Indian journal of veterinary science and animal husbandry - Volumes 15-17, 1948-1951
Year: 1948
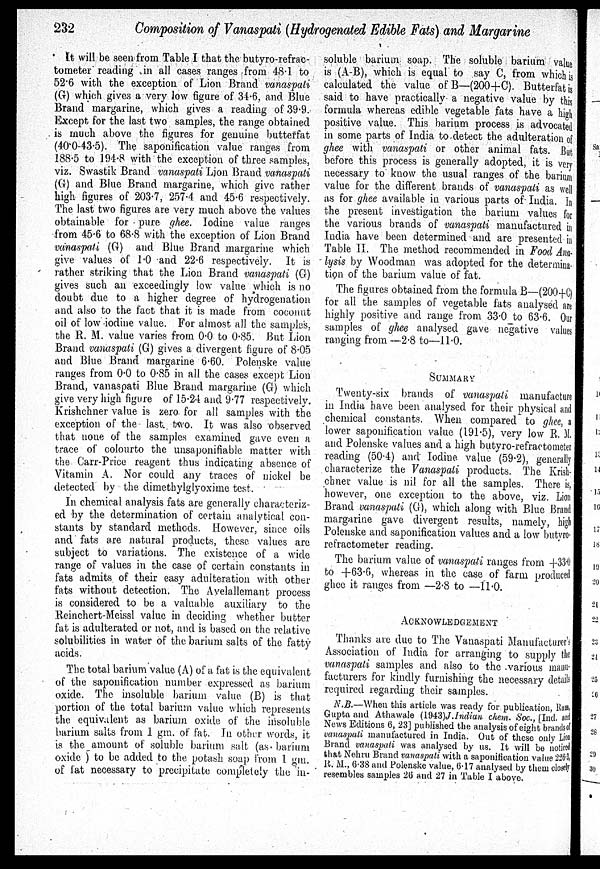
232
Composition of Vanaspati (Hydrogenated Edible Fats) and Margarine
It will be seen from Table I that the butyro-refrac-
tometer reading in all cases ranges from 48.1 to
52.6 with the exception of Lion Brand vanaspati
(G) which gives a very low figure of 34.6, and Blue
Brand margarine, which gives a reading of 39.9.
Except for the last two samples, the range obtained
is much above the figures for genuine butterfat
(40.0-43.5). The saponification value ranges from
188.5 to 194.8 with the exception of three samples,
viz. Swastik Brand vanaspati Lion Brand vanaspati
(G) and Blue Brand margarine, which give rather
high figures of 203.7, 257.4 and 45.6 respectively.
The last two figures are very much above the values
obtainable for pure ghee. Iodine value ranges
from 45.6 to 68.8 with the exception of Lion Brand
vanaspati (G) and Blue Brand margarine which
give values of 1.0 and 22.6 respectively. It is
rather striking that the Lion Brand vanaspati (G)
gives such an exceedingly low value which is no
doubt due to a higher degree of hydrogenation
and also to the fact that it is made from coconut
oil of low iodine value. For almost all the samples,
the R. M. value varies from 0.0 to 0.85. But Lion
Brand vanaspati (G) gives a divergent figure of 8.05
and Blue Brand margarine 6.60. Polenske value
ranges from 0.0 to 0.85 in all the cases except Lion
Brand, vanaspati Blue Brand margarine (G) which
give very high figure of 15.24 and 9.77 respectively.
Krishchner value is zero for all samples with the
exception of the last. two. It was also observed
that none of the samples examined gave even a
trace of colourto the unsaponifiable matter with
the Carr-Price reagent thus indicating absence of
Vitamin A. Nor could any traces of nickel be
detected by the dimethylglyoxime test.
In chemical analysis fats are generally characteriz-
ed by the determination of certain analytical con-
stants by standard methods. However, since oils
and fats are natural products, these values are
subject to variations. The existence of a wide
range of values in the case of certain constants in
fats admits of their easy adulteration with other
fats without detection. The Avelallemant process
is considered to be a valuable auxiliary to the
Reinchert-Meissl value in deciding whether butter
fat is adulterated or not, and is based on the relative
solubilities in water of the barium salts of the fatty
acids.
The total barium value (A) of a fat is the equivalent
of the saponification number expressed as barium
oxide. The insoluble barium value (B) is that
portion of the total barium value which represents
the equivalent as barium oxide of the insoluble
barium salts from 1 gm. of fat. In other words, it
is the amount of soluble barium salt (as barium
oxide ) to be added to the potash soap from 1 gm.
of fat necessary to precipitate completely the in-
soluble barium soap. The soluble barium vali
is (A-B), which is equal to say C, from which
calculated the value of B—(200+C). Butterfat
said to have practically a negative value by the
formula whereas edible vegetable fats have a high
positive value. This barium process is advocated
in some parts of India to detect the adulteration of
ghee with vanaspati or other animal fats. But
before this process is generally adopted, it is very
necessary to know the usual ranges of the barium
value for the different brands of vanaspati as well
as for ghee available in various parts of India.In
the present investigation the barium values for
the various brands of vanaspati manufactured in
India have been determined and are presented in
Table II. The method recommended in Food Ana-
lysis by Woodman was adopted for the determina-
tion of the barium value of fat.
The figures obtained from the formula B—(200+C
for all the samples of vegetable fats analysed are
highly positive and range from 33.0 to 63.6. Our
samples of ghee analysed gave negative values
ranging from —2.8 to—11.0.
SUMMARY
Twenty-six brands of vanaspati manufacture
in India have been analysed for their physical and
chemical constants. When compared to ghee, a
lower saponification value (191.5), very low R.M
and Polenske values and a high butyro-refractometer
reading (50.4) and Iodine value (59.2), generally
characterize the Vanaspati products. The Krish-
chner value is nil for all the samples. There is,
however, one exception to the above, viz. Lion
Brand vanaspati (G), which along with Blue Brand
margarine gave divergent results, namely, high
Polenske and saponification values and a low butyro¬
refractometer reading.
The barium value of vanaspati ranges from +33.0
to +63.6, whereas in the case of farm produced
ghee it ranges from —2.8 to —11.0.
ACNOWLEDGEMENT
Thanks are due to The Vanaspati Manufacturer
Association of India for arranging to supply the
vanaspati samples and also to the various manu-
facturers for kindly furnishing the necessary details
required regarding their samples.
N.B.—When this article was ready for publication, Ram
Gupta and Athawale (1943) J.Indian chem. soc., [Ind. and
News Editions 6, 23] published the analysis of eight brands of
vanaspati manufactured in India. Out of these only Li on
Brand vanaspati was analysed by us. It will be noticed
that Nehru Brand vanaspati with a saponification value 226-3,
R. M., 6.38 and Polenske value, 6.17 analysed by them closely
resembles samples 26 and 27 in Table I above.